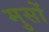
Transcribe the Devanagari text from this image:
मुसों